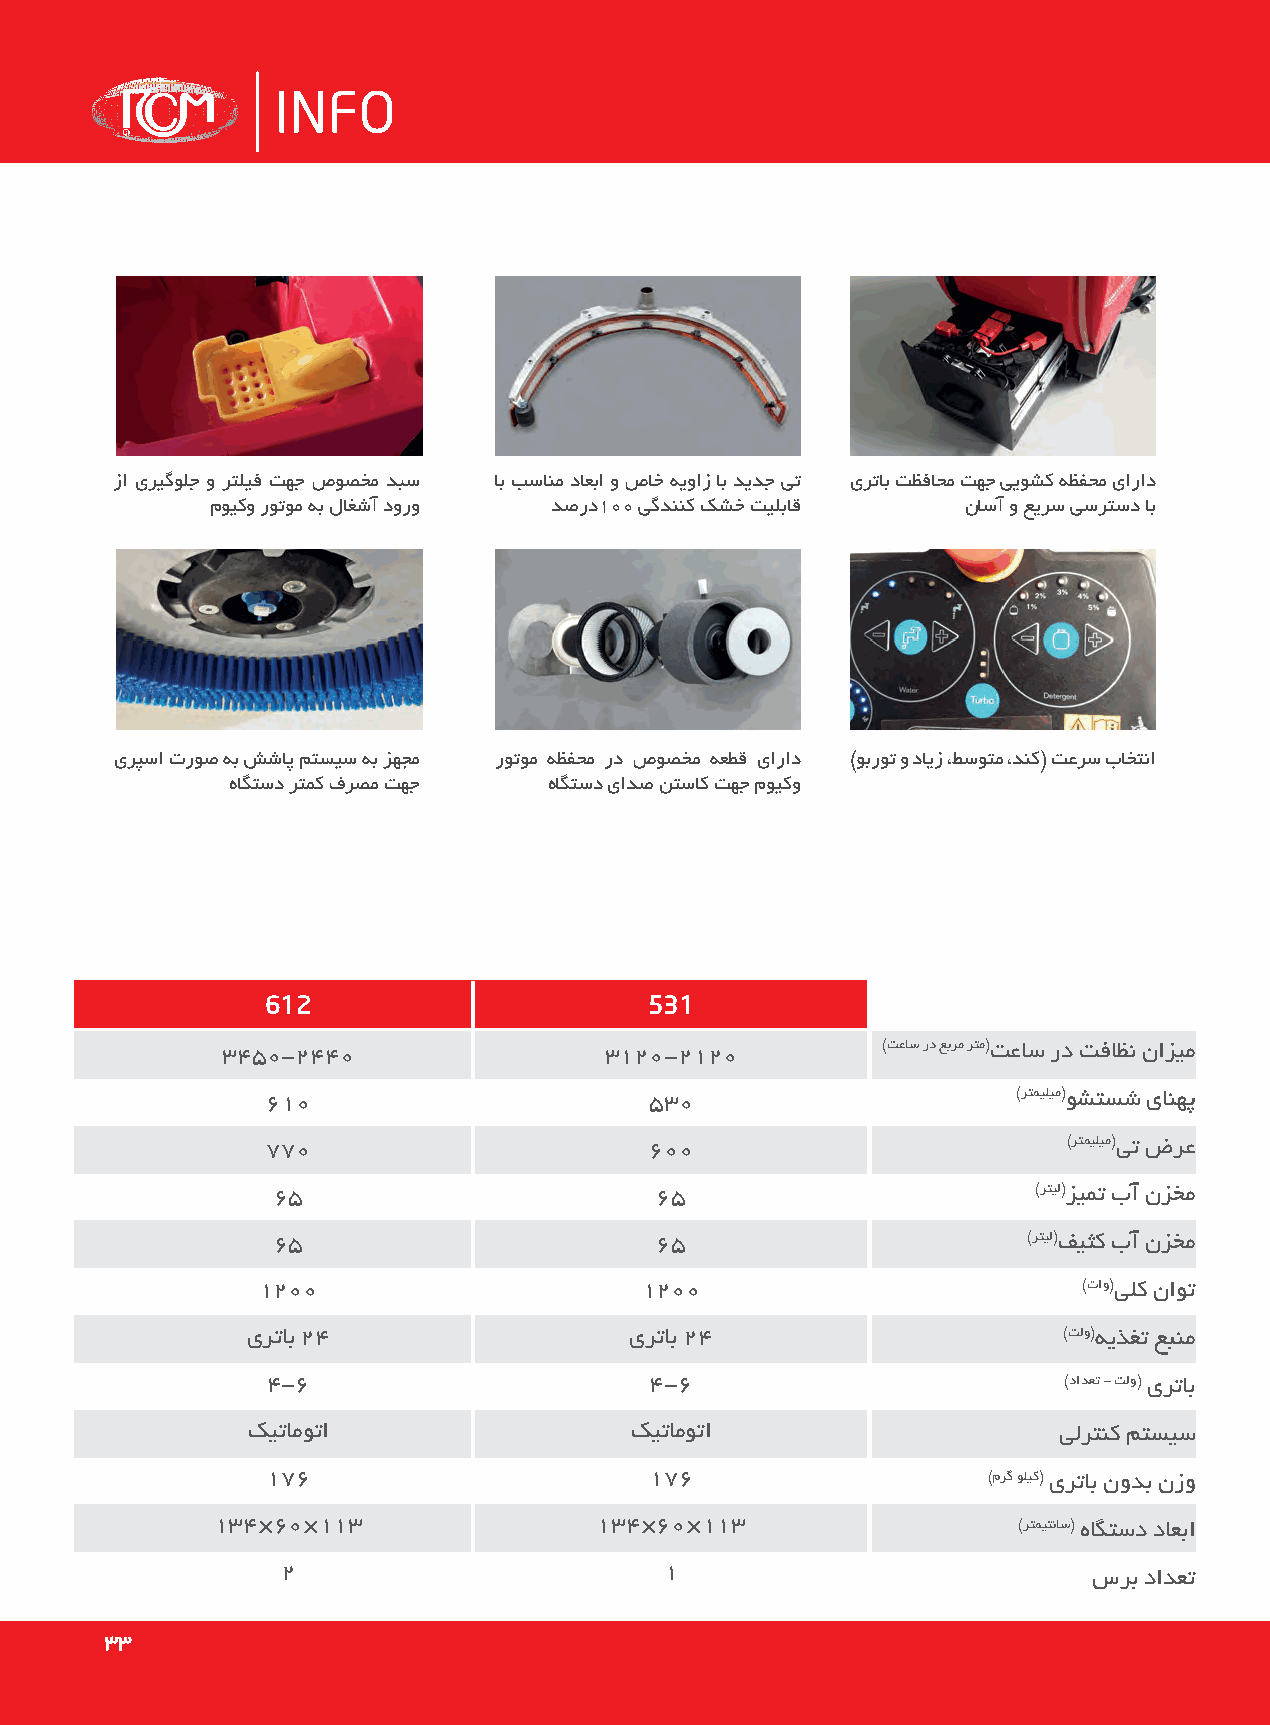
INFO
 زا یریگولج و رتلیف تهج صوصخم دبس اب بسانم داعبا و صاخ هیواز اب دیدج یت یرتاب تظفاحم تهج ییوشک هظفحم یاراد
 مویکو روتوم هب لاغشآ دورو دصرد100 یگدننک کشخ تیلباق ناسآ و عیرس یسرتسد اب
 یرپسا تروص هب ششاپ متسیس هب زهجم روتوم هظفحم رد صوصخم هعطق یاراد )وبروت و دایز ،طسوتم ،دنک( تعرس باختنا
 هاگتسد رتمک فرصم تهج هاگتسد یادص نتساک تهج مویکو
 612                      531
 3450-2440                3120-2120         )تعاس رد عبرم رتم(تعاس رد تفاظن نازیم
 610                      530                     )رتمیلیم(وشتسش یانهپ
 770                      600                         )رتمیلیم(یت ضرع
 65                       65                        )رتیل(زیمت بآ نزخم
 65                       65                       )رتیل(فیثک بآ نزخم
 1200                     1200                          )تاو(یلک ناوت
 یرتاب 24                  یرتاب 24                    )تلو(هیذغت عبنم
 4-6                      4-6                        )دادعت - تلو( یرتاب
 کیتاموتا                  کیتاموتا                    یلرتنک متسیس
 176                      176                   )مرگ ولیک( یرتاب نودب نزو
 134×60×113               134×60×113                  )رتمیتناس( هاگتسد داعبا
 2                        1                           سرب دادعت
 3333